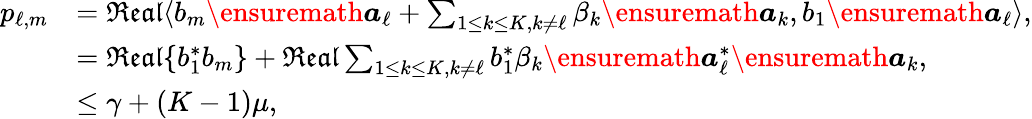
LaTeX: \begin{array}{rl}{p_{\ell,m}}&{=\mathfrak{Real}\langle b_{m}\ensuremath{\boldsymbol{a}}_{\ell}+\sum_{1\leq k\leq K,k\neq\ell}\beta_{k}\ensuremath{\boldsymbol{a}}_{k},b_{1}\ensuremath{\boldsymbol{a}}_{\ell}\rangle,}\\ &{=\mathfrak{Real}\{ b_{1}^{*}b_{m}\} +\mathfrak{Real}\sum_{1\leq k\leq K,k\neq\ell}b_{1}^{*}\beta_{k}\ensuremath{\boldsymbol{a}}_{\ell}^{*}\ensuremath{\boldsymbol{a}}_{k},}\\ &{\leq\gamma+(K-1)\mu,}\end{array}